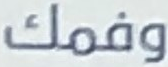
وفمك